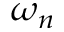
\omega _ { n }